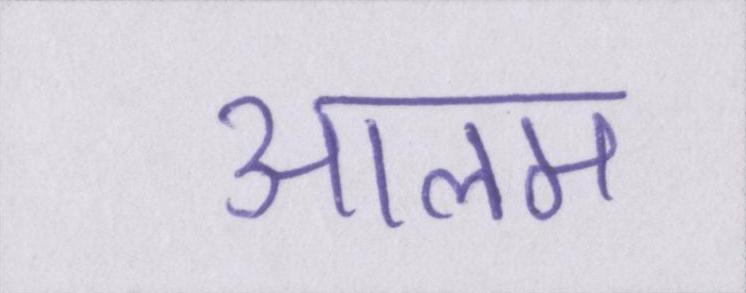
आलम